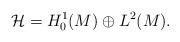
LaTeX: \begin{align*}\mathcal{H} =H_0^1(M) \oplus L^2(M).\end{align*}